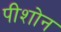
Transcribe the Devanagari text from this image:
पीशोन